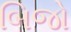
બિજો